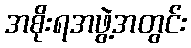
အစိုးရအဖွဲ့အတွင်း